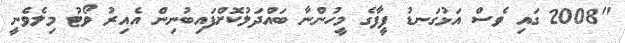
"2008 ގައި ވެސް އަޅުގަނޑު ފީފާގެ މީހުންނާ ބައްދަލުކޮށްފައިބުނިން އެއިރު ވޯޓު މިލެވެނީ